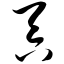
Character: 吞